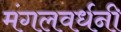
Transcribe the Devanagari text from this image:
मंगलवर्धनी